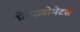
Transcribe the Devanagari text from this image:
ग्रेन्युलोमेटस